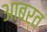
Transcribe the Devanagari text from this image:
आबर्त